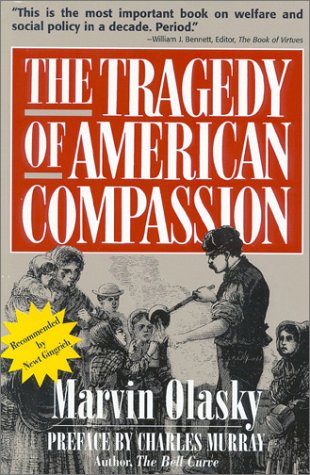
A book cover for The Tragedy of American Compassion; Marvin Olasky; Politics & Social Sciences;